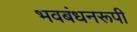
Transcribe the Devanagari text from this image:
भवबंधनरूपी